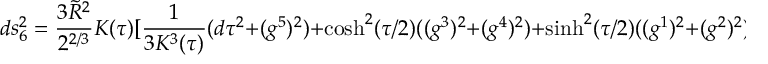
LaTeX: d s _ { 6 } ^ { 2 } = { \frac { 3 { \tilde { R } } ^ { 2 } } { 2 ^ { 2 / 3 } } } K ( \tau ) [ { \frac { 1 } { 3 K ^ { 3 } ( \tau ) } } ( d \tau ^ { 2 } + ( g ^ { 5 } ) ^ { 2 } ) + \cosh ^ { 2 } ( \tau / 2 ) ( ( g ^ { 3 } ) ^ { 2 } + ( g ^ { 4 } ) ^ { 2 } ) + \sinh ^ { 2 } ( \tau / 2 ) ( ( g ^ { 1 } ) ^ { 2 } + ( g ^ { 2 } ) ^ { 2 } ) ] .